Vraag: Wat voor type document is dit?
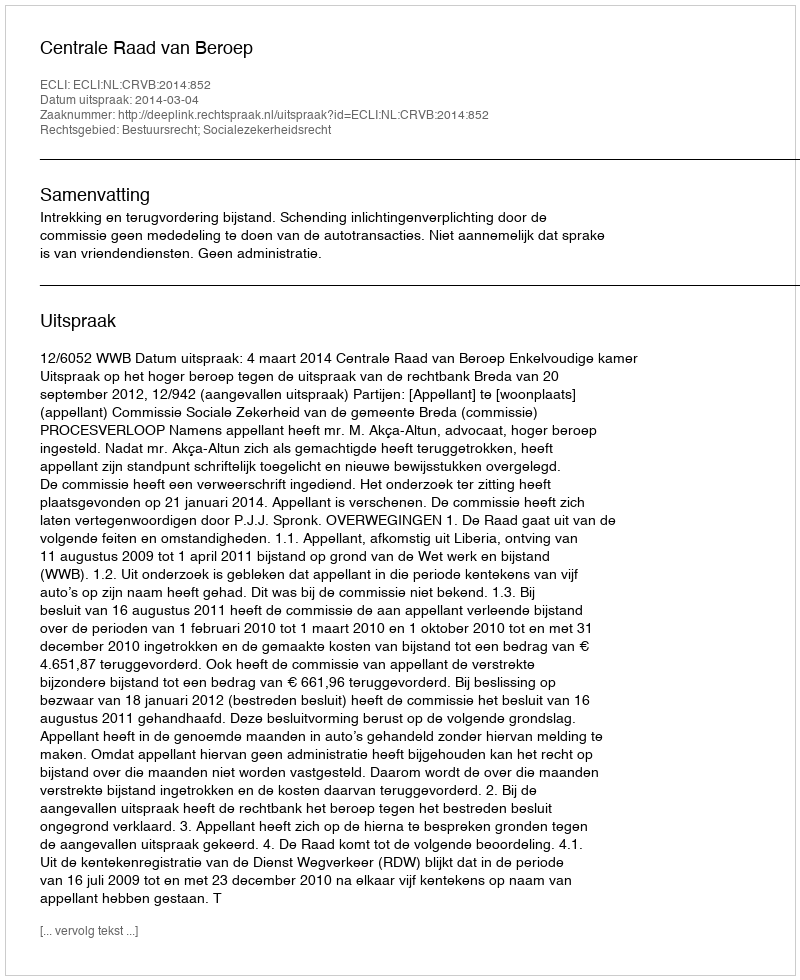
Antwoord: Uitspraak